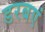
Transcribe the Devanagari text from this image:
डरबएं